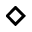
\diamond